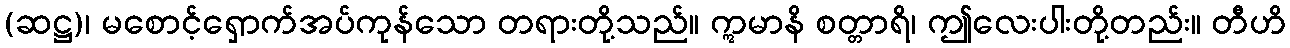
(ဆဋ္ဌ)၊ မစောင့်ရှောက်အပ်ကုန်သော တရားတို့သည်။ ဣမာနိ စတ္တာရိ၊ ဤလေးပါးတို့တည်း။ တီဟိ